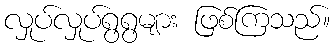
လှုပ်လှုပ်ရွရွများ ဖြစ်ကြသည်။